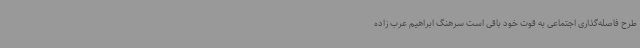
طرح فاصله‌گذاری اجتماعی به قوت خود باقی است سرهنگ ابراهیم عرب زاده